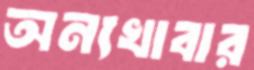
অন্যখাবার